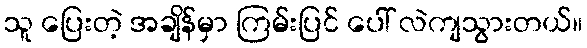
သူ ပြေးတဲ့ အချိန်မှာ ကြမ်းပြင် ပေါ် လဲကျသွားတယ်။